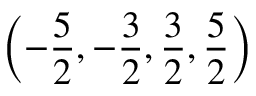
\left( - \frac { 5 } { 2 } , - \frac { 3 } { 2 } , \frac { 3 } { 2 } , \frac { 5 } { 2 } \right) \protect